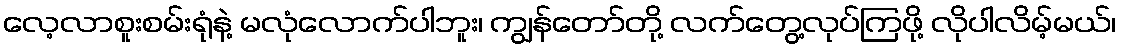
လေ့လာစူးစမ်းရုံနဲ့ မလုံလောက်ပါဘူး၊ ကျွန်တော်တို့ လက်တွေ့လုပ်ကြဖို့ လိုပါလိမ့်မယ်၊